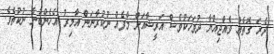
ދެރަ ގޮތެއް ވެއްޖިއްޔާ ދުވަހަކުވެސް އަރީޝާއަށް މާފެއް ނުކުރާނަން އާމިރު އެހެންބުނެ ނުކުތެވެ.